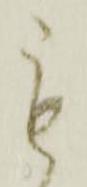
も